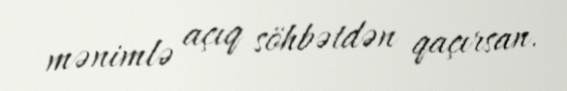
mənimlə açıq söhbətdən qaçırsan.